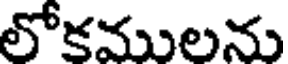
లోకములను